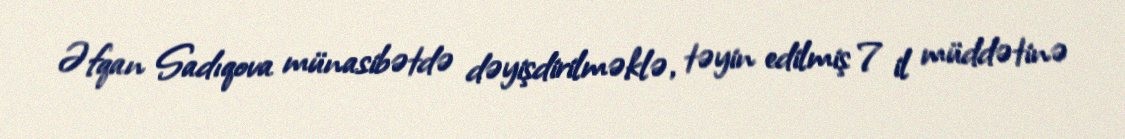
Əfqan Sadıqova münasibətdə dəyişdirilməklə, təyin edilmiş 7 il müddətinə